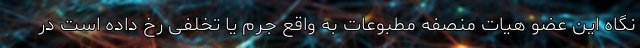
نگاه این عضو هیات منصفه مطبوعات به واقع جرم یا تخلفی رخ داده است در